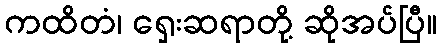
ကထိတံ၊ ရှေးဆရာတို့ ဆိုအပ်ပြီ။